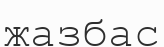
жазбас